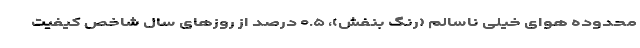
محدوده هوای خیلی ناسالم (رنگ بنفش)، ۰.۵ درصد از روزهای سال شاخص کیفیت